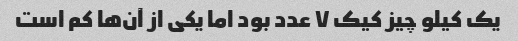
یک کیلو چیز کیک ۷ عدد بود اما یکی از آن‌ها کم است